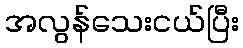
အလွန်သေးငယ်ပြီး